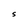
Character: S